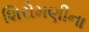
શિરોમણીના